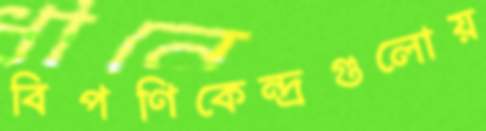
বিপণিকেন্দ্রগুলোয়